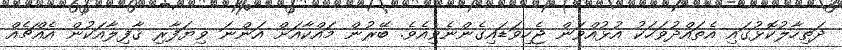
ދަތިހާލުކޮޅުގައި އެތައްދުވަހަކު އުޅުއްވަން ޖެހިވަޑައިގެންނެވިއެވެ. ބޭރުން މައްކާއަށް އަންނަ ވިޔަފާރި ޤާފިލާއަކުން އެއްޗެއް